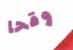
وقحا